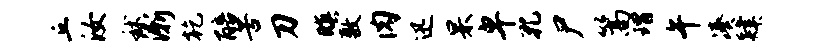
丘汝秫渐乾醅苦刀暝敷肉迅杲卑孔尸篙瑁午凑肄